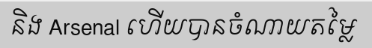
និង Arsenal ហើយបានចំណាយតម្លៃ